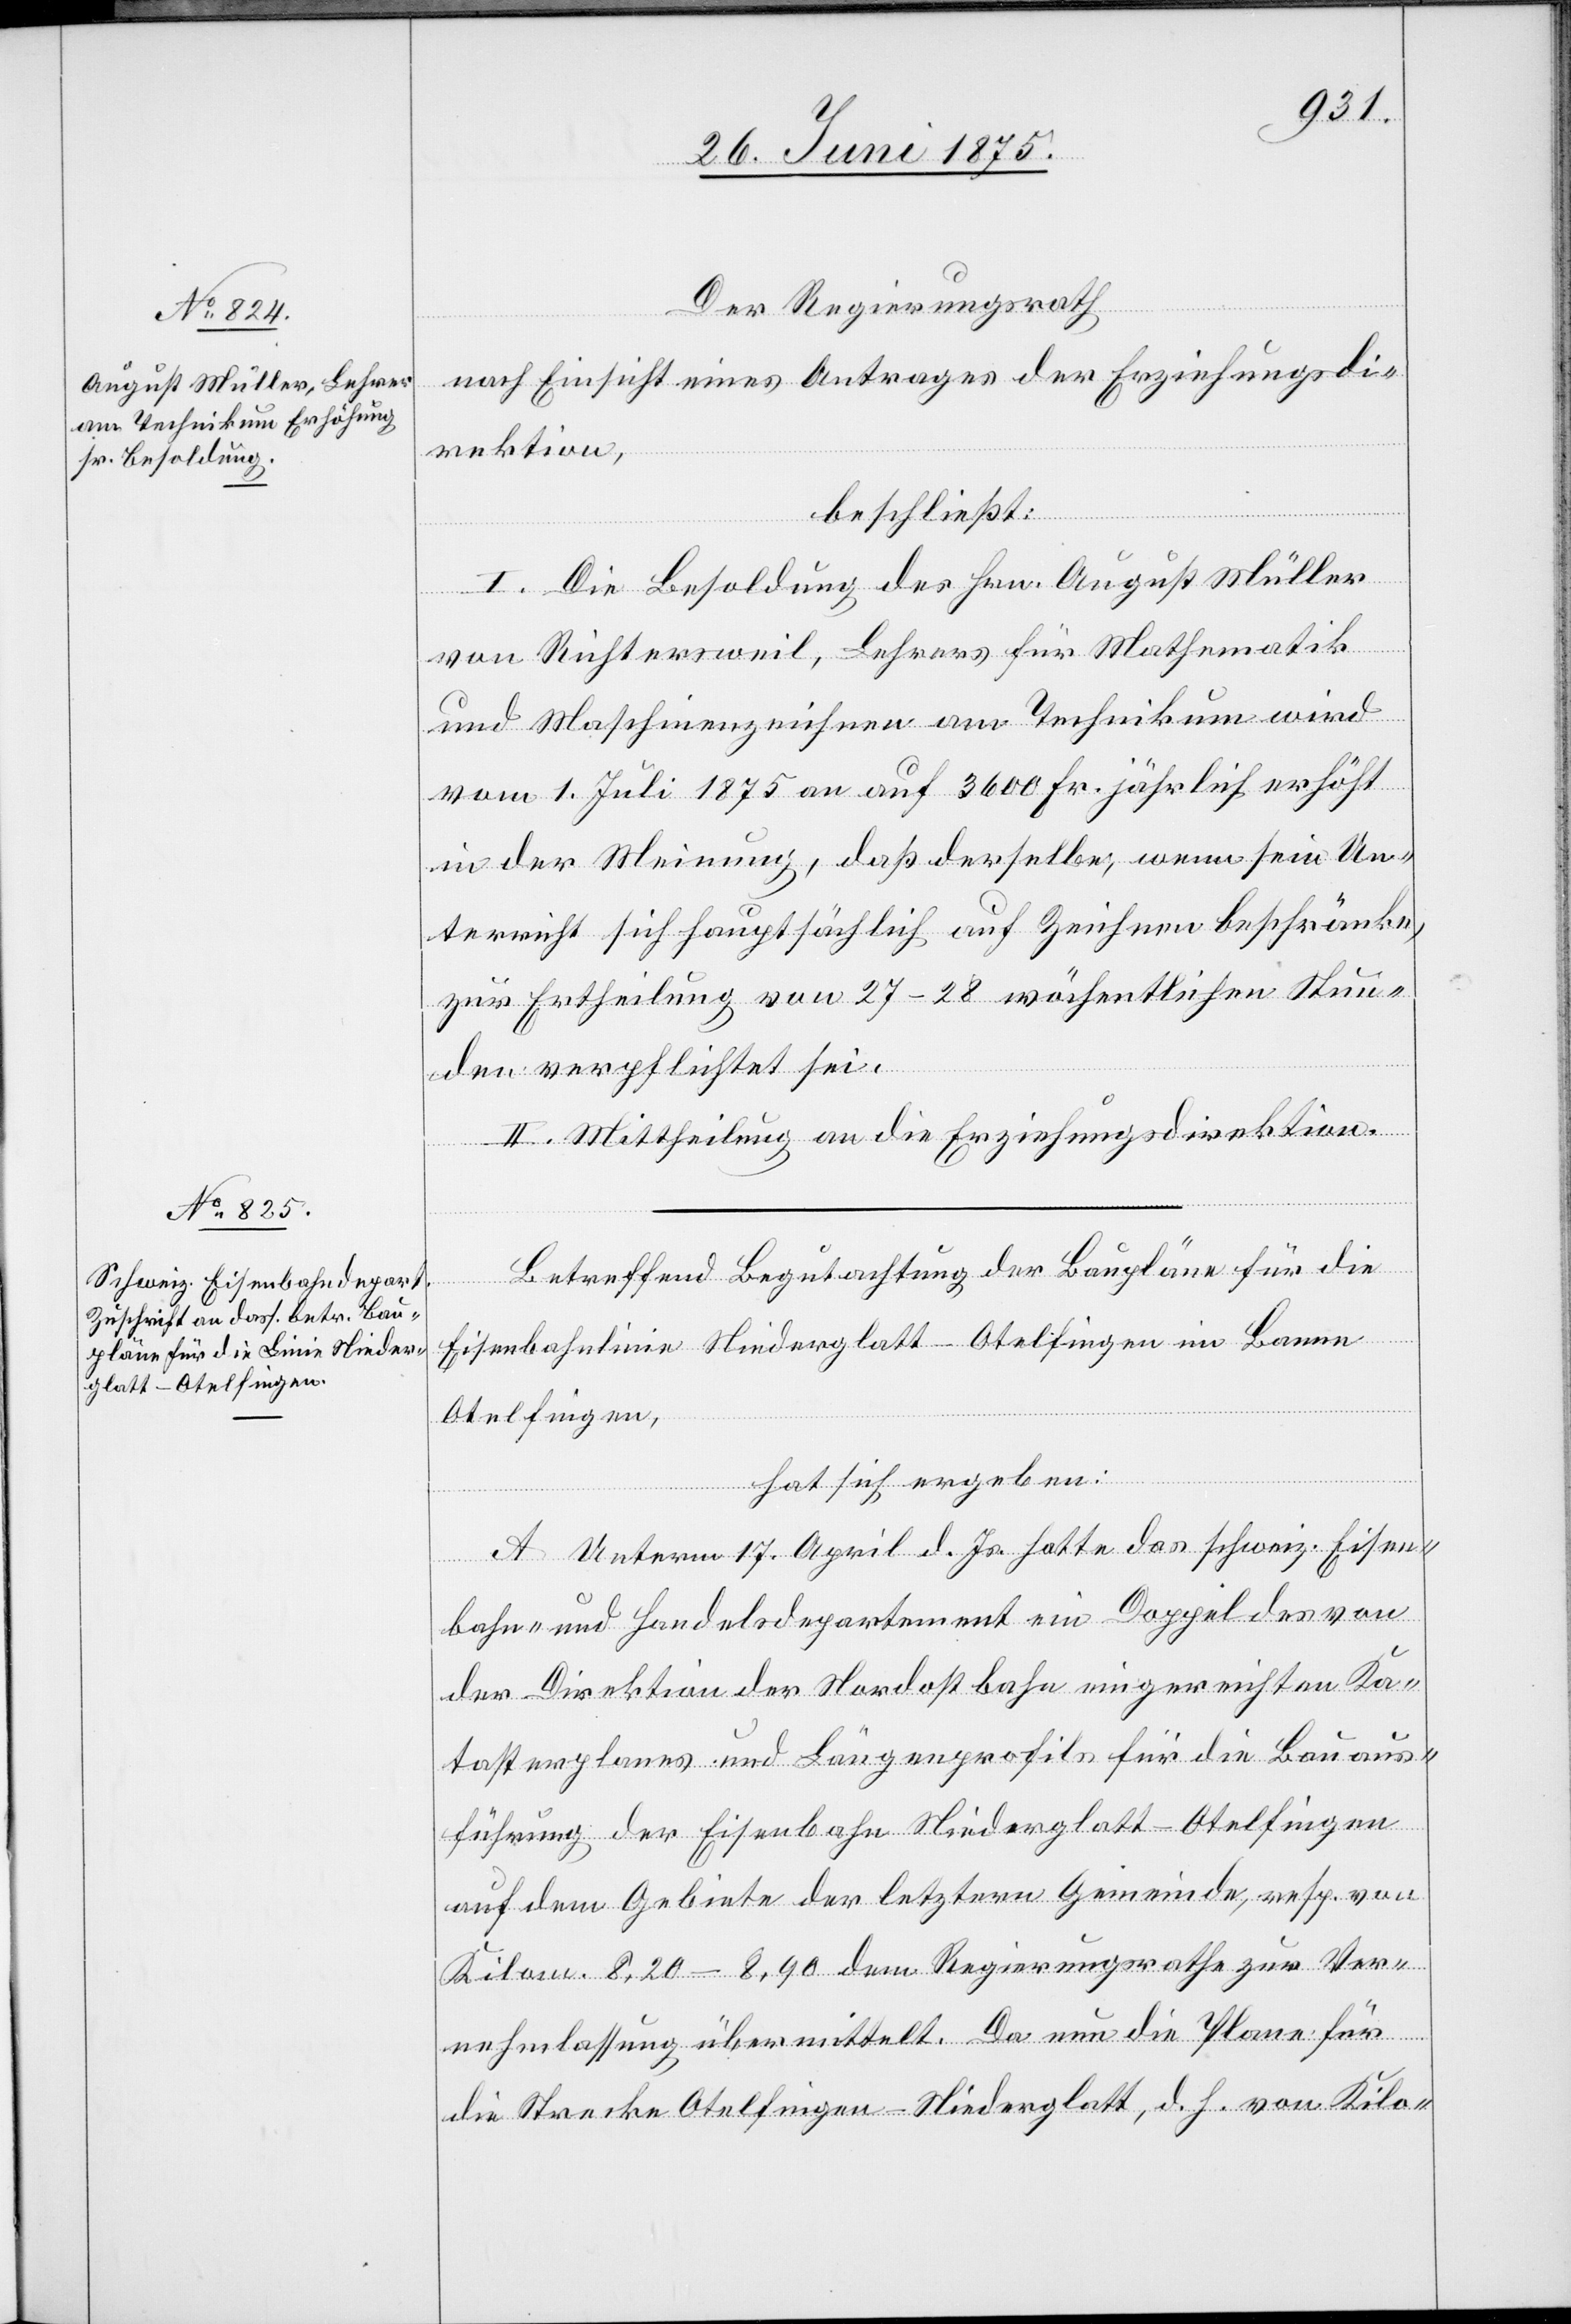
Der Regierungsrath,
nach Einsicht eines Antrages der Erziehungsdi¬
rektion,
beschließt:
I. Die Besoldung des Hrn. August Müller
von Richtersweil, Lehrers für Mathematik
und Maschinenzeichnen am Technikum wird
vom 1. Juli 1875 an auf 3600 Fr. jährlich erhöht
in der Meinung, daß derselbe, wenn sein Un¬
terricht sich hauptsächlich auf Zeichnen beschränke,
zur Ertheilung von 27–28 wöchentlichen Stun¬
den verpflichtet sei.
II. Mittheilung an die Erziehungsdirektion.
Betreffend Begutachtung der Baupläne für die
Eisenbahnlinie Niederglatt–Otelfingen im Banne
Otelfingen,
hat sich ergeben:
A. Unterm 17. April d. Js. hatte das schweiz. Eisen¬
bahn- und Handelsdepartement ein Doppel des von
der Direktion der Nordostbahn eingerichteten Ka¬
tasterplanes und Längenprofils für die Bauaus¬
führung der Eisenbahn Niederglatt–Otelfingen
auf dem Gebiete der letztern Gemeinde, resp. von
Kilom. 8,20–8,90 dem Regierungsrathe zur Ver¬
nehmlassung übermittelt. Da nun die Pläne für
die Strecke Otelfingen–Niederglatt, d. h. von Kilo-